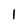
Character: l